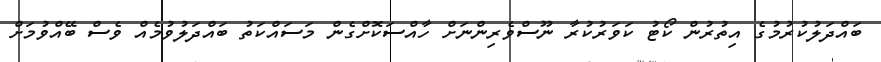
ބައްދަލުކުރުމުގެ އިތުރުން ކޯޓު ކަވަރުކުރާ ނޫސްވެރިންނަށް ހާއްސަކޮށްގެން މަސައްކަތު ބައްދަލުވުމެއް ވެސް ބޭއްވުމަށް